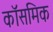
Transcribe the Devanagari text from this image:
कॉसमिक